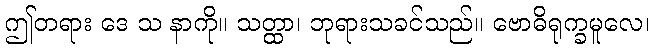
ဤတရား ဒေ သ နာကို။ သတ္ထာ၊ ဘုရားသခင်သည်။ ဗောဓိရုက္ခမူလေ၊